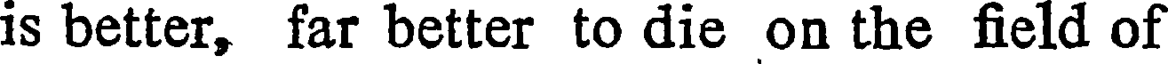
is better, far better to die on the field of